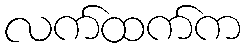
လက်ထက်က